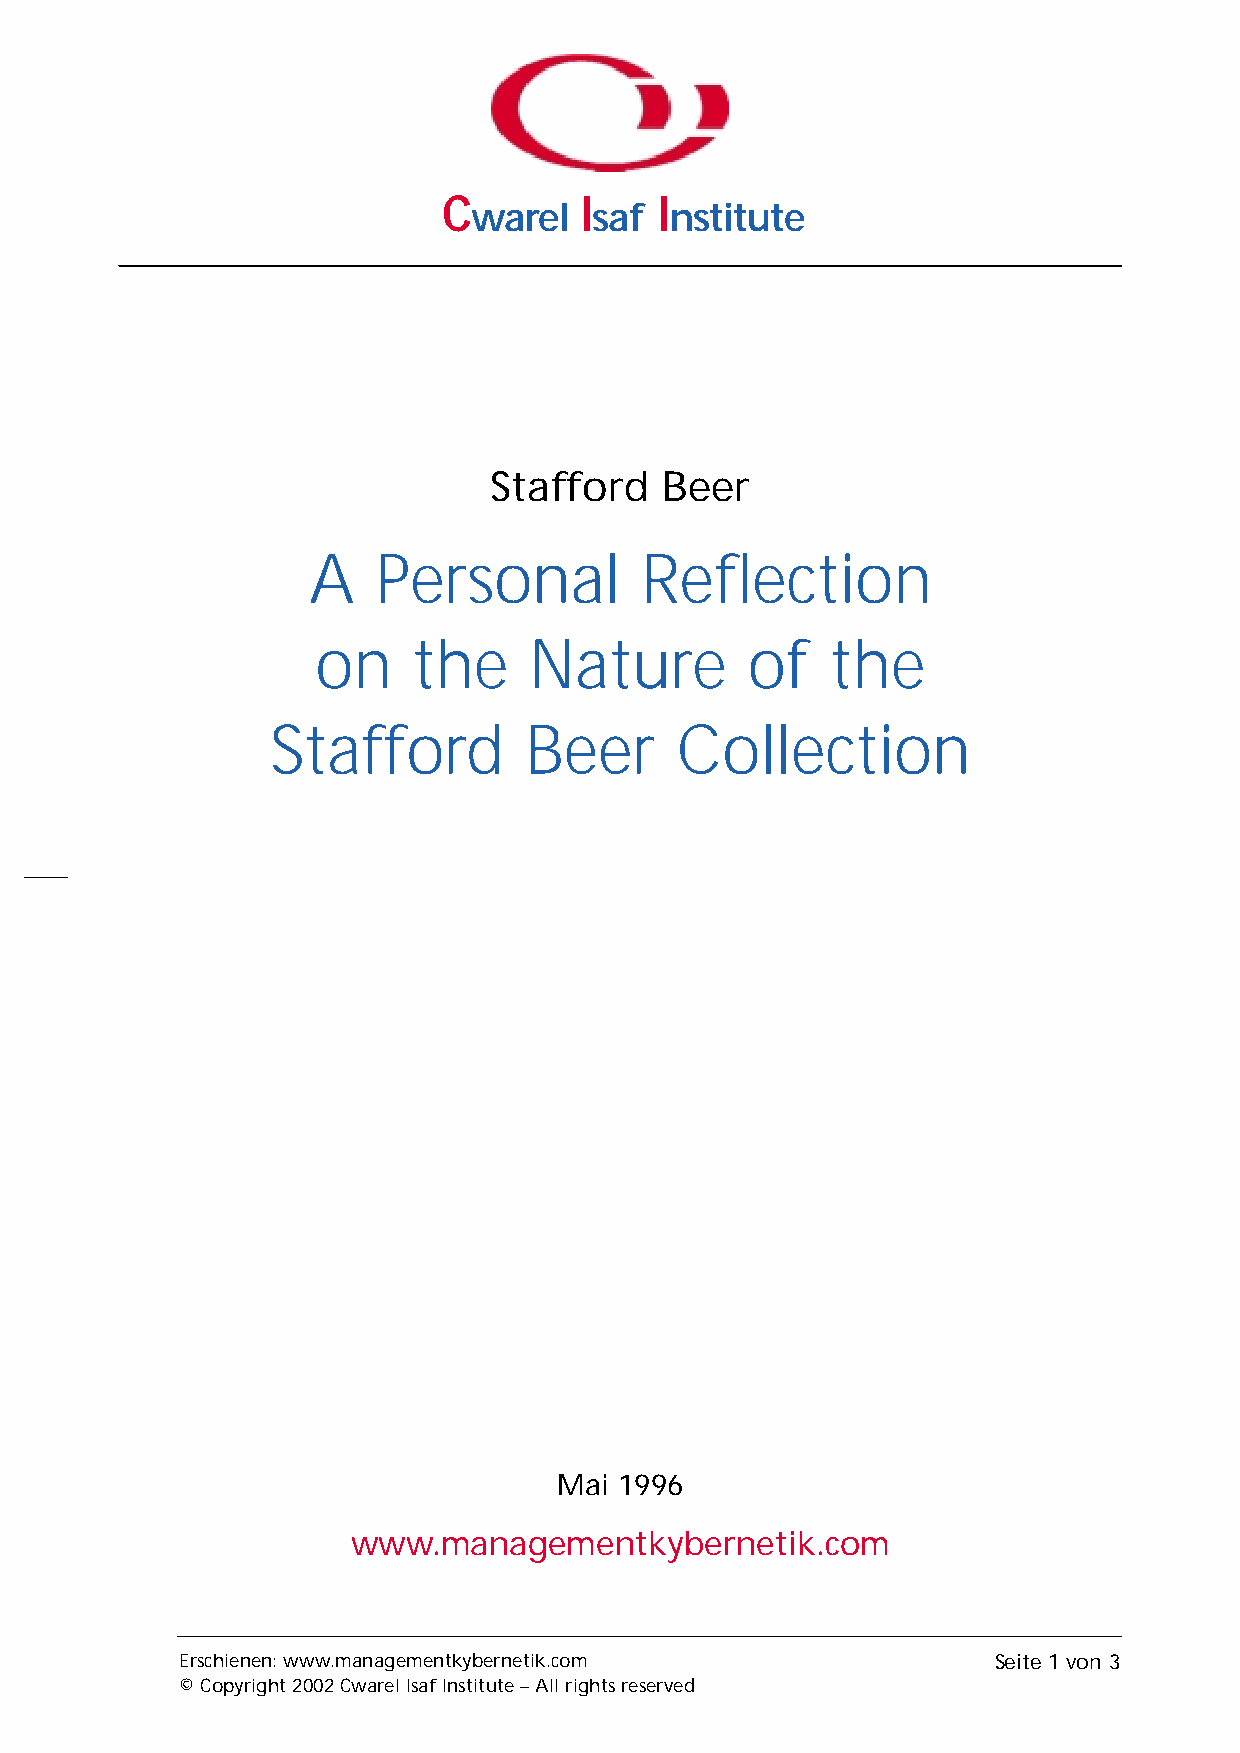
C        I    I
 warel   saf  nstitute
 Stafford    Beer
 A    Personal         Reflection
 on    the     Nature        of    the
 Stafford         Beer      Collection
 Mai 1996
 www.managementkybernetik.com
 Erschienen: www.managementkybernetik.com              Seite 1 von 3
 © Copyright 2002 Cwarel Isaf Institute – All rights reserved